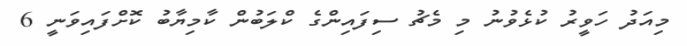
މިއަދު ހަވީރު ކުޅެވުނު މި މެޗު ސިފައިންގެ ކްލަބުން ކާމިޔާބު ކޮށްފައިވަނީ 6